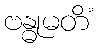
ဗန္ဓုမတိံ